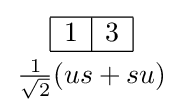
{{\begin{array}{|c|c|}\hline 1&3\\\hline \end{array}} \atop {\frac {1}{\sqrt {2}}}(us+su)}